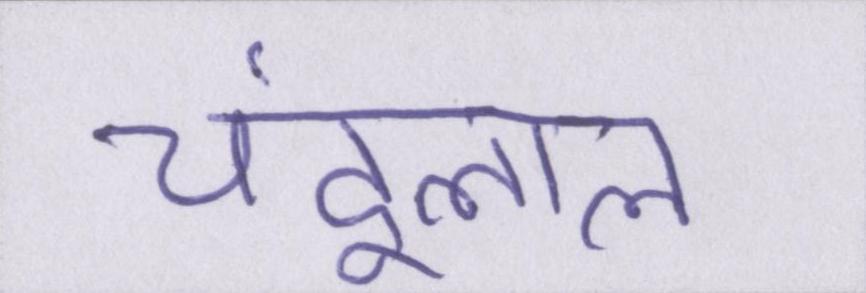
चंदूलाल